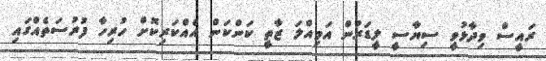
ރައީސް ވިދާޅުވީ ސިޔާސީ ލީޑަރުން އަމިއްލަ ޒާތީ ކަންކަން އެއްކަރިކޮށް ހުރިހާ ފުރުސަތެއްގައި